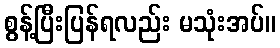
စွန့်ပြီးပြန်ရလည်း မသုံးအပ်။